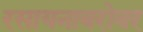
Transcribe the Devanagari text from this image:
रसायनाबरोबर